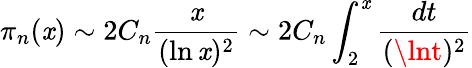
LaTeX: \pi_{n}(\mathit{x})\sim2C_{n}{\frac{{\mathit{x}}}{{(\ln\mathit{x})^{2}}}}\sim2C_{n}\int_{2}^{\mathit{x}}{\frac{{dt}}{{(\lnt)^{2}}}}